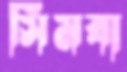
সিমবা